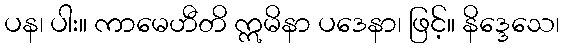
ပန၊ ပါး။ ကာမေဟီတိ ဣမိနာ ပဒေနာ၊ ဖြင့်။ နိဒ္ဒေသေ၊